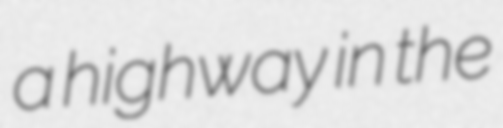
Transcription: a highway in the